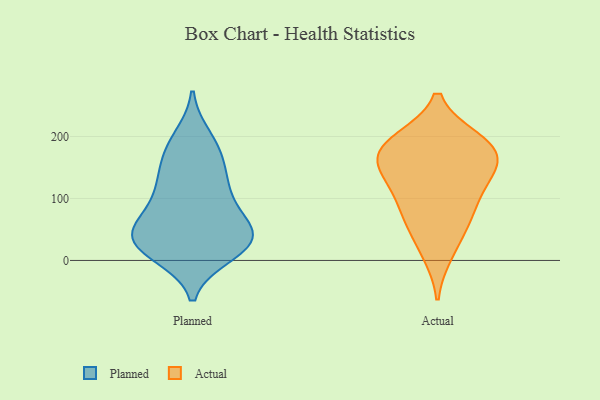
{"axis": {"x": "Budget (USD K)", "y": "Value"}, "legend": ["Actual", "Planned"], "data": [{"x": "", "y": 124, "type": "Planned"}, {"x": "", "y": 46, "type": "Planned"}, {"x": "", "y": 118, "type": "Planned"}, {"x": "", "y": 197, "type": "Planned"}, {"x": "", "y": 36, "type": "Planned"}, {"x": "", "y": 176, "type": "Planned"}, {"x": "", "y": 72, "type": "Planned"}, {"x": "", "y": 130, "type": "Planned"}, {"x": "", "y": 11, "type": "Planned"}, {"x": "", "y": 43, "type": "Planned"}, {"x": "", "y": 19, "type": "Planned"}, {"x": "", "y": 28, "type": "Planned"}, {"x": "", "y": 174, "type": "Planned"}, {"x": "", "y": 24, "type": "Planned"}, {"x": "", "y": 83, "type": "Planned"}, {"x": "", "y": 43, "type": "Planned"}, {"x": "", "y": 122, "type": "Actual"}, {"x": "", "y": 193, "type": "Actual"}, {"x": "", "y": 150, "type": "Actual"}, {"x": "", "y": 181, "type": "Actual"}, {"x": "", "y": 52, "type": "Actual"}, {"x": "", "y": 13, "type": "Actual"}, {"x": "", "y": 188, "type": "Actual"}, {"x": "", "y": 136, "type": "Actual"}, {"x": "", "y": 81, "type": "Actual"}, {"x": "", "y": 160, "type": "Actual"}, {"x": "", "y": 84, "type": "Actual"}, {"x": "", "y": 182, "type": "Actual"}]}